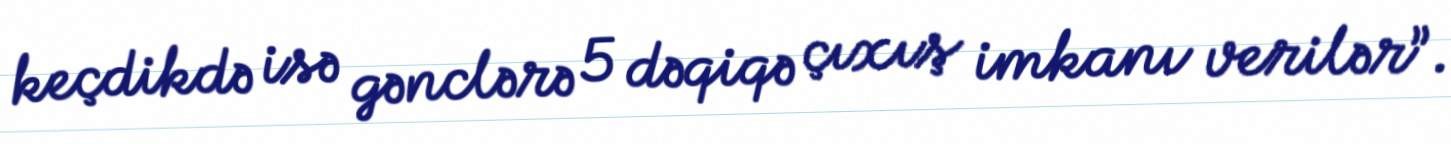
keçdikdə isə gənclərə 5 dəqiqə çıxış imkanı verilər”.